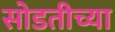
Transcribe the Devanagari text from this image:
सोडतीच्या